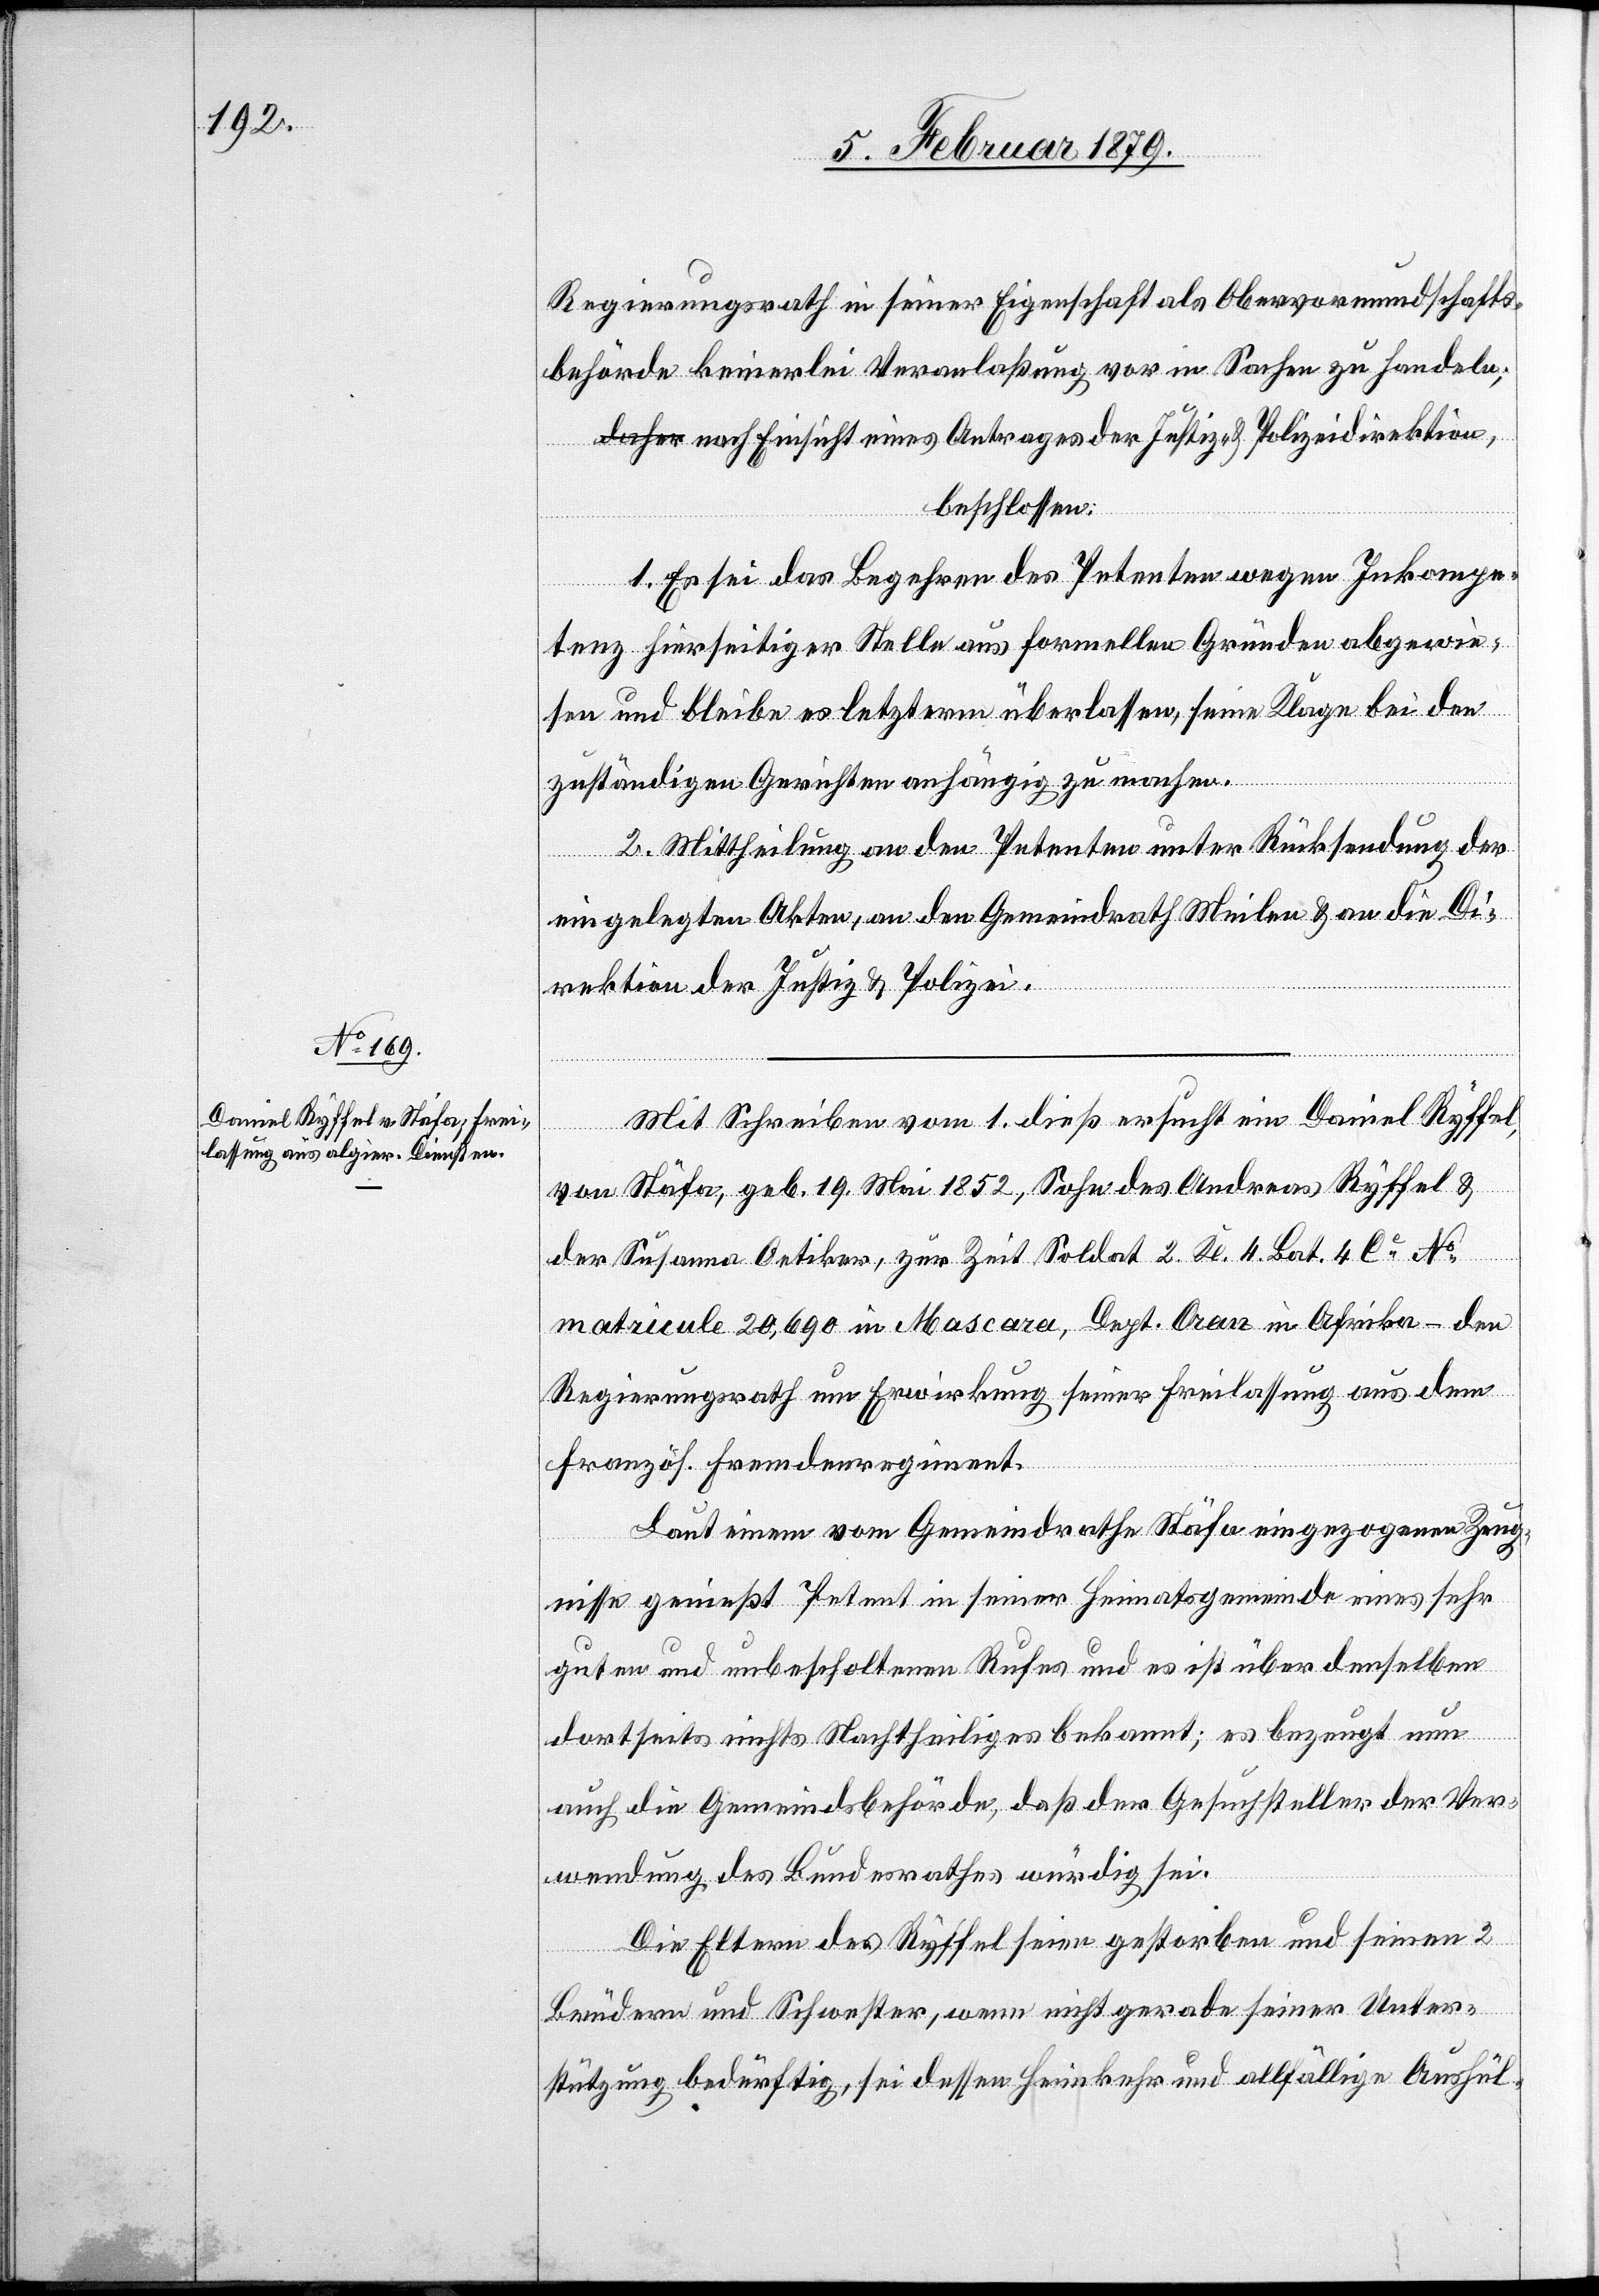
Regierungsrath in seiner Eigenschaft als Obervormundschafts¬
behörde keinerlei Veranlaßung vor in Sachen zu handeln;
nach Einsicht eines Antrages der Justiz- & Polizeidirektion,
beschlossen:
1. Es sei das Begehren des Petenten wegen Inkompe¬
tenz hierseitiger Stelle aus formellen Gründen abgewie¬
sen und bleibe es letzterm überlassen, seine Klage bei den
zuständigen Gerichten anhängig zu machen.
2. Mittheilung an den Petenten unter Rücksendung der
eingelegten Akten, an den Gemeindrath Meilen & an die Di¬
rektion der Justiz & Polizei.
Mit Schreiben vom 1. dieß ersucht ein Daniel Ryffel,
von Stäfa, geb. 19. Mai 1852, Sohn des Andreas Ryffel &
der Susanna Oetiker, zur Zeit Soldat 2. Kl. 4. Bat. 4 Ce No
matricule 20,690 in Mascara, Dept. Oran in Afrika – den
Regierungsrath um Erwirkung seiner Freilassung aus dem
französ. Fremdenregiment.
Laut einem vom Gemeindrathe Stäfa eingezogenen Zeug¬
nisse genießt Petent in seiner Heimatsgemeinde eines sehr
guten und unbescholtenen Rufes und es ist über denselben
dortseits nichts Nachtheiliges bekannt; es bezeugt nun
auch die Gemeindsbehörde, daß der Gesuchsteller der Ver¬
wendung des Bundesrathes würdig sei.
Die Eltern des Ryffel seien gestorben und seinen 2
Brüdern und Schwester, wenn nicht gerade seiner Unter¬
stützung bedürftig, sei dessen Heimkehr und allfällige Aushül-